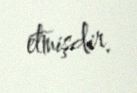
etmişdir.